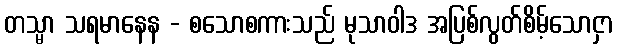
တသ္မာ သရမာနေန - စသောစကားသည် မုသာဝါဒ အပြစ်လွတ်စိမ့်သောငှာ